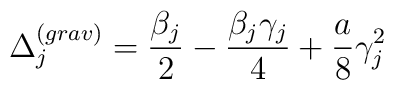
\Delta_{j}^{(grav)}=\frac{\beta_{j}}{2}-\frac{\beta_{j}\gamma_{j}}{4}+\frac{a}{8}\gamma_{j}^{2}